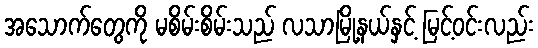
အသောက်တွေကို မစိမ်းစိမ်းသည် လသာမြို့နယ်နှင့် မြင့်ဝင်းလည်း